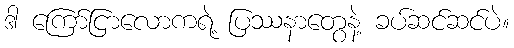
ဒါ ကြော်ငြာလောကရဲ့ ပြဿနာတွေနဲ့ ခပ်ဆင်ဆင်ပဲ။